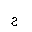
Letter: _ha